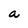
Character: a